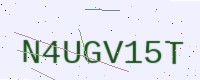
Text: N4UGV15T